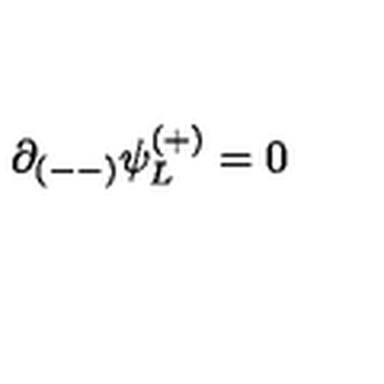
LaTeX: \partial _ { ( -- ) } \psi _ { L } ^ { ( + ) } = 0